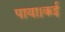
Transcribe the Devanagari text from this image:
पाया।कई